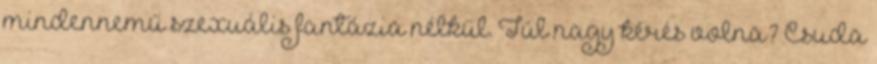
mindennemű szexuális fantázia nélkül. Túl nagy kérés volna? Csuda